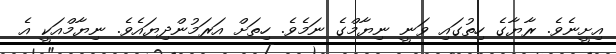
އިށީނެވެ. ރާޔާގެ ހިތުގައި ވަނީ ނިޔާމްގެ ނަމެވެ. ހިތަށް އަރަމުންދިޔައެވެ. ނިޔާމްއަކީ އެ